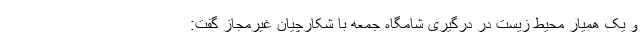
و یک همیار محیط زیست در درگیری شامگاه جمعه با شکارچیان غیرمجاز گفت: